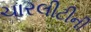
ચારલીટીની